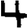
Digit: 4